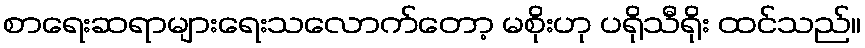
စာရေးဆရာများရေးသလောက်တော့ မစိုးဟု ပရိုသီရိုး ထင်သည်။